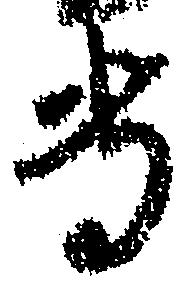
専